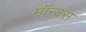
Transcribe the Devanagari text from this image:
मॉन्क्स